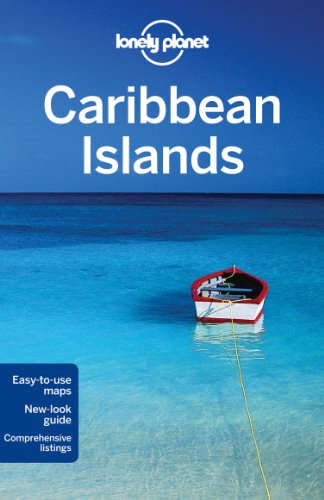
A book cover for Lonely Planet Caribbean Islands (Travel Guide); Ryan Ver Berkmoes; Sports & Outdoors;